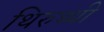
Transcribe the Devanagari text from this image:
थिरुथ्थी